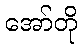
အော်တို